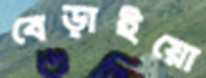
বেড়াইয়ো